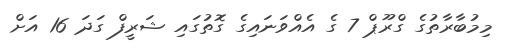
މިމުބާރާތުގެ ގްރޫޕް 7 ގެ އެއްވަނައިގެ ގޮތުގައި ޝަރީފް ގަދަ 16 އަށް